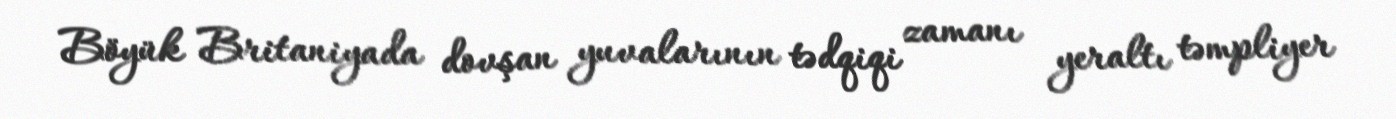
Böyük Britaniyada dovşan yuvalarının tədqiqi zamanı yeraltı təmpliyer